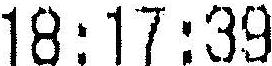
18:17:39